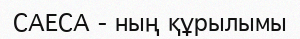
САЕСА - ның құрылымы